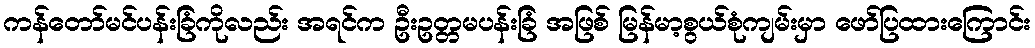
ကန်တော်မင်ပန်းခြံကိုလည်း အရင်က ဦးဥတ္တမပန်းခြံ အဖြစ် မြန်မာ့စွယ်စုံကျမ်းမှာ ဖော်ပြထားကြောင်း